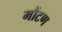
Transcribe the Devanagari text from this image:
मौंटण